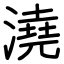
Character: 澆